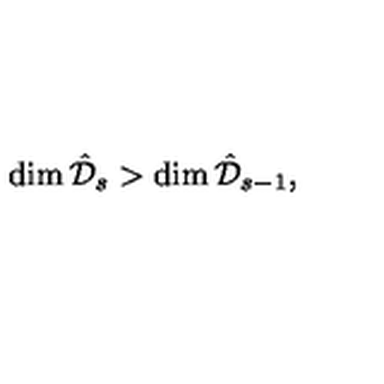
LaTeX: \dim { \hat { \mathcal { D } } _ { s } } > \dim { \hat { \mathcal { D } } _ { s - 1 } } ,